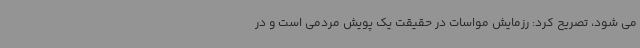
می شود، تصریح کرد: رزمایش مواسات در حقیقت یک پویش مردمی است و در